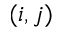
( i , j )